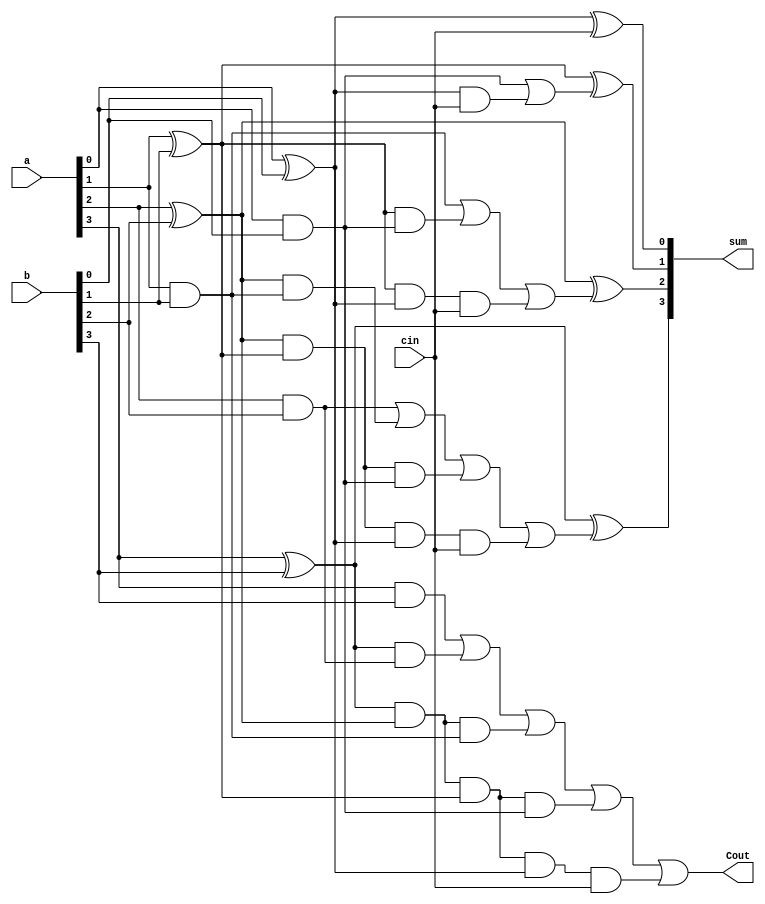
`timescale 1ns / 1ps
//////////////////////////////////////////////////////////////////////////////////
// Company: 
// Engineer: 
// 
// Design Name: 
// Module Name:    carry_look_ahead_adder 
// Project Name: 
// Target Devices: 
// Tool versions: 
// Description: 
//
// Dependencies: 
//
// Revision: 
// Revision 0.01 - File Created
// Additional Comments: 
//
//////////////////////////////////////////////////////////////////////////////////
module carry_look_ahead_adder(a,b,cin,sum,Cout);
	input [3:0] a, b;
   input cin;
   output [3:0] sum;
   output Cout;
    
   wire P0,P1,P2,P3,G0,G1,G2,G3;
   wire C4, C3, C2, C1;
    
   assign
        P0 = a[0] ^ b[0],
        P1 = a[1] ^ b[1],
        P2 = a[2] ^ b[2],
        P3 = a[3] ^ b[3];
        
   assign
        G0 = a[0] & b[0],
        G1 = a[1] & b[1],
        G2 = a[2] & b[2],
        G3 = a[3] & b[3];
        
   assign
        C1 = G0 | (P0 & cin),
        C2 = G1 | (P1 & G0) | (P1 & P0 & cin),
        C3 = G2 | (P2 & G1) | (P2 & P1 & G0) | (P2 & P1 & P0 & cin),
        C4 = G3 | (P3 & G2) | (P3 & P2 & G1) | (P3 & P2 & P1 & G0) | (P3 & P2 & P1 & P0 & cin);
        
   assign
        sum[0] = P0 ^ cin,
        sum[1] = P1 ^ C1,
        sum[2] = P2 ^ C2,
        sum[3] = P3 ^ C3;
        
   assign Cout = C4;
    
endmodule